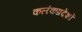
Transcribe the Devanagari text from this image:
कलंकप्रदेशों